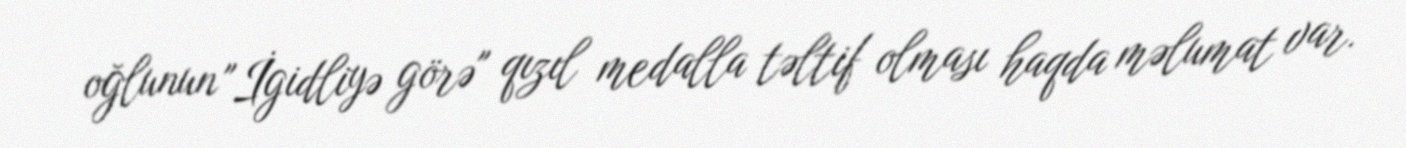
oğlunun "İgidliyə görə" qızıl medalla təltif olması haqda məlumat var.